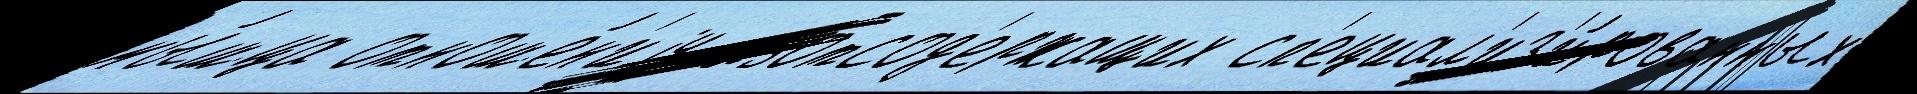
мы́шца отноше́н'иjу азотсод'ержащих сп'ециал'из'и́рованных